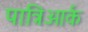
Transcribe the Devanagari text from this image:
पात्रिआर्क